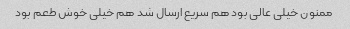
ممنون خیلی عالی بود هم سریع ارسال شد هم خیلی خوش طعم بود